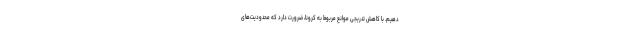
دهیم. با کاهش تدریجی موانع مربوط به کرونا، ضرورت دارد که محدودیت‌های